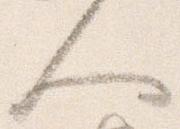
人